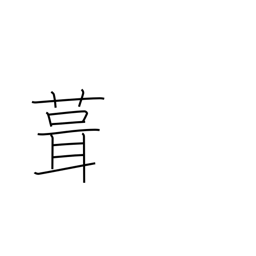
Meaning: shingle